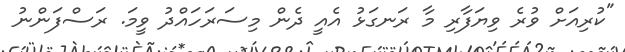
"ކުރިއަށް ވުރެ ވިޔަފާރި މާ ރަނގަޅު އެއީ ދެން މިސަރަހައްދު ވީމަ. ރަސްފަންނު